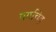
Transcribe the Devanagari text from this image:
पगचिह्न